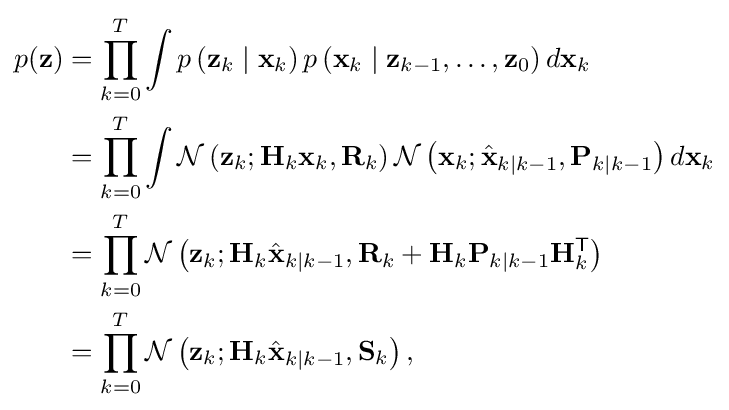
{\begin{aligned}p(\mathbf {z} )&=\prod _{k=0}^{T}\int p\left(\mathbf {z} _{k}\mid \mathbf {x} _{k}\right)p\left(\mathbf {x} _{k}\mid \mathbf {z} _{k-1},\ldots ,\mathbf {z} _{0}\right)d\mathbf {x} _{k}\\&=\prod _{k=0}^{T}\int {\mathcal {N}}\left(\mathbf {z} _{k};\mathbf {H} _{k}\mathbf {x} _{k},\mathbf {R} _{k}\right){\mathcal {N}}\left(\mathbf {x} _{k};{\hat {\mathbf {x} }}_{k\mid k-1},\mathbf {P} _{k\mid k-1}\right)d\mathbf {x} _{k}\\&=\prod _{k=0}^{T}{\mathcal {N}}\left(\mathbf {z} _{k};\mathbf {H} _{k}{\hat {\mathbf {x} }}_{k\mid k-1},\mathbf {R} _{k}+\mathbf {H} _{k}\mathbf {P} _{k\mid k-1}\mathbf {H} _{k}^{\textsf {T}}\right)\\&=\prod _{k=0}^{T}{\mathcal {N}}\left(\mathbf {z} _{k};\mathbf {H} _{k}{\hat {\mathbf {x} }}_{k\mid k-1},\mathbf {S} _{k}\right),\end{aligned}}